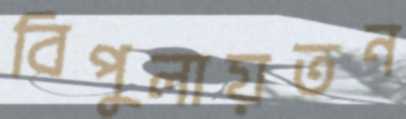
বিপুলায়তন